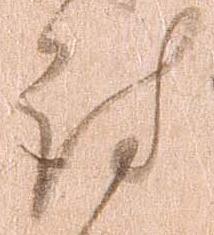
討